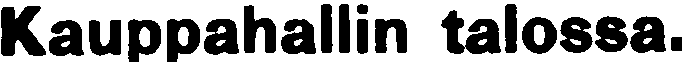
Kauppahallin talossa.